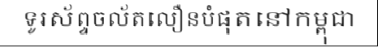
ទូរស័ព្ទចល័តលឿនបំផុតនៅកម្ពុជា